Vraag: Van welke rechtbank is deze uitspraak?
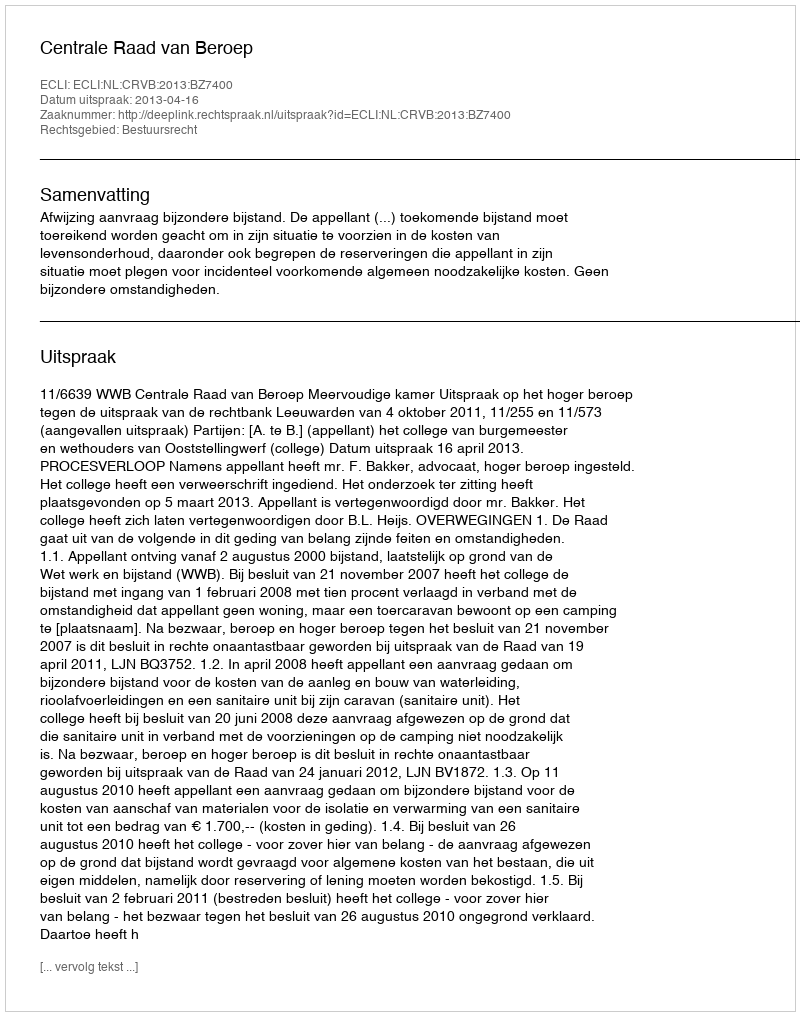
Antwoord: Centrale Raad van Beroep